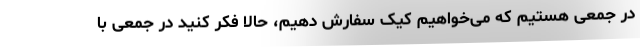
در جمعی هستیم که می‌خواهیم کیک سفارش دهیم، حالا فکر کنید در جمعی با